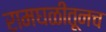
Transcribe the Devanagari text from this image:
रामघळीतूनच